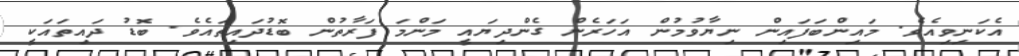
އެކަނިވިއެވެ. މައިންބަފައިން ނިޔާވުމުން އަހަރެން ގެންދިޔައީ މަންމަ ފަރާތުން ބޮޑުދައިތައެވެ. ބޮޑު ދައިތައަކީ